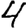
Digit: 4